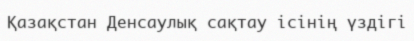
Қазақстан Денсаулық сақтау ісінің үздігі